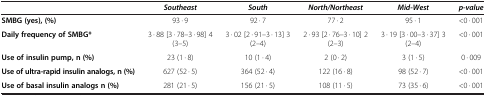
<table><thead><tr><td><b> </b></td><td><b><i>Southeast</i></b></td><td><b><i>South</i></b></td><td><b><i>North/Northeast</i></b></td><td><b><i>Mid-West</i></b></td><td><b><i>p-value</i></b></td></tr></thead><tbody><tr><td><b>SMBG (yes), (%)</b></td><td>93 · 9</td><td>92 · 7</td><td>77 · 2</td><td>95 · 1</td><td>&lt;0 · 001</td></tr><tr><td><b>Daily frequency of SMBG*</b></td><td>3 · 88 [3 · 78–3 · 98] 4 (3–5)</td><td>3 · 02 [2 · 91–3 · 13] 3 (2–4)</td><td>2 · 93 [2 · 76–3 · 10] 2 (2–3)</td><td>3 · 19 [3 · 00–3 · 37] 3 (2–4)</td><td>&lt;0 · 001</td></tr><tr><td><b>Use of insulin pump, n (%)</b></td><td>23 (1 · 8)</td><td>10 (1 · 4)</td><td>2 (0 · 2)</td><td>3 (1 · 5)</td><td>0 · 009</td></tr><tr><td><b>Use of ultra-rapid insulin analogs, n (%)</b></td><td>627 (52 · 5)</td><td>364 (52 · 4)</td><td>122 (16 · 8)</td><td>98 (52 · 7)</td><td>&lt;0 · 001</td></tr><tr><td><b>Use of basal insulin analogs n (%)</b></td><td>281 (21 · 5)</td><td>156 (21 · 5)</td><td>108 (11 · 5)</td><td>73 (35 · 6)</td><td>&lt;0 · 001</td></tr></tbody></table>